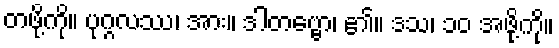
တဖို့ကို။ ပုဂ္ဂလဿ၊ အား။ ဒါတဗ္ဗော၊ ၏။ ဒသ၊ ၁၀ အဖို့ကို။